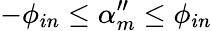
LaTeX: -\phi_{in}\le\alpha_{m}^{\prime\prime}\le\phi_{in}